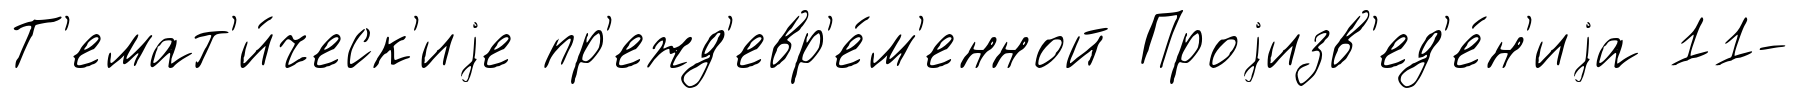
Т'емат'и́ческ'иjе пр'ежд'евр'е́м'енной Проjизв'ед'е́н'иjа 11-